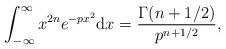
LaTeX: \begin{align*}\int_{- \infty}^{\infty} x^{2n} e^{-p x^2} {\rm d} x = {\Gamma (n + 1/2) \over p^{n+ 1/2}},\end{align*}